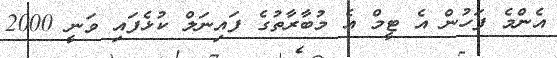
އެންމެ ފަހުން އެ ޓީމް އެ މުބާރާތުގެ ފައިނަލް ކުޅެފައި ވަނީ 2000